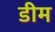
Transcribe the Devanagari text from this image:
डीम